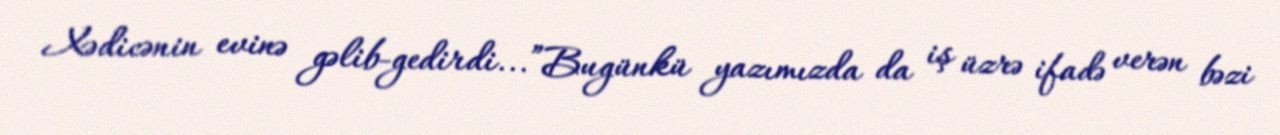
Xədicənin evinə gəlib-gedirdi...”Bugünkü yazımızda da iş üzrə ifadə verən bəzi